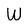
Character: W